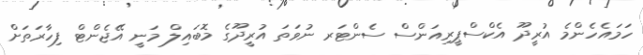
ހަމައެހެންމެ އުރީދޫ އެކްސްޕީރިއަންސް ސެންޓަރ ނުވަތަ އުރީދޫގެ މޮބައިލް މަނީ އޭޖެންޓް ފިހާރަތަށް